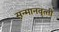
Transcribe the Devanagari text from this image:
सन्‍मानवृत्‍ती